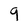
Character: 9